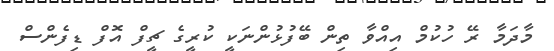
މާދަމާ ރޭ ހުކުމް އިއްވާ ތިން ބޭފުޅުންނަކީ ކުރީގެ ޗީފް އޮފް ޑިފެންސް